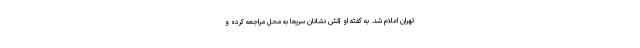
تهران اعلام شد. به گفته او آتش نشانان سریعاً به محل مراجعه کرده و